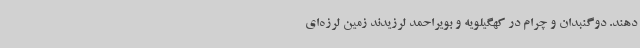
دهند. دوگنبدان و چرام در کهگیلویه و بویراحمد لرزیدند زمین لرزه‌ای